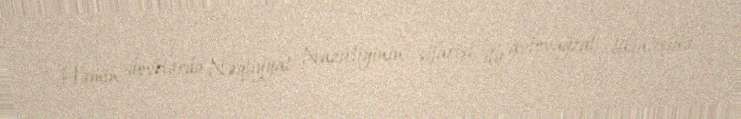
Həmin dövrlərdə Nəqliyyat Nazirliyinin sifarişi ilə avtovağzal tikintisinə